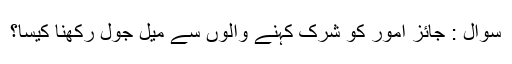
سوال : جائز اُمور کو شِرک کہنے والوں سے میل جول رکھنا کیسا؟